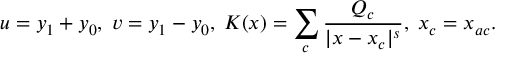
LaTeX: u = y _ { 1 } + y _ { 0 } , \; v = y _ { 1 } - y _ { 0 } , \; K ( x ) = \sum _ { c } \frac { Q _ { c } } { | x - x _ { c } | ^ { s } } , \; x _ { c } = x _ { a c } .